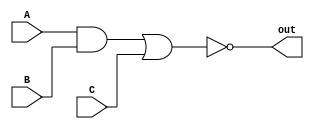
module complex_logic_gate (
    input wire A,
    input wire B,
    input wire C,
    output wire out
);

wire temp1, temp2, temp3;

// Combinational logic blocks
assign temp1 = A & B; // AND gate
assign temp2 = temp1 | C; // OR gate
assign temp3 = ~temp2; // NOT operation

assign out = temp3; // Output

endmodule